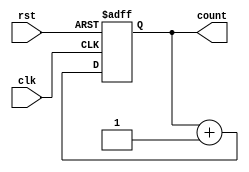
module async_reset_sync_counter (
    input wire clk,           // Clock input
    input wire rst,           // Asynchronous reset input
    output reg [2:0] count    // 3-bit counter output
);

// Counter logic
always @(posedge clk or posedge rst) begin
    if (rst) begin
        count <= 3'b000;     // Reset the counter to 0
    end else begin
        count <= count + 1;  // Increment the counter
    end
end

endmodule